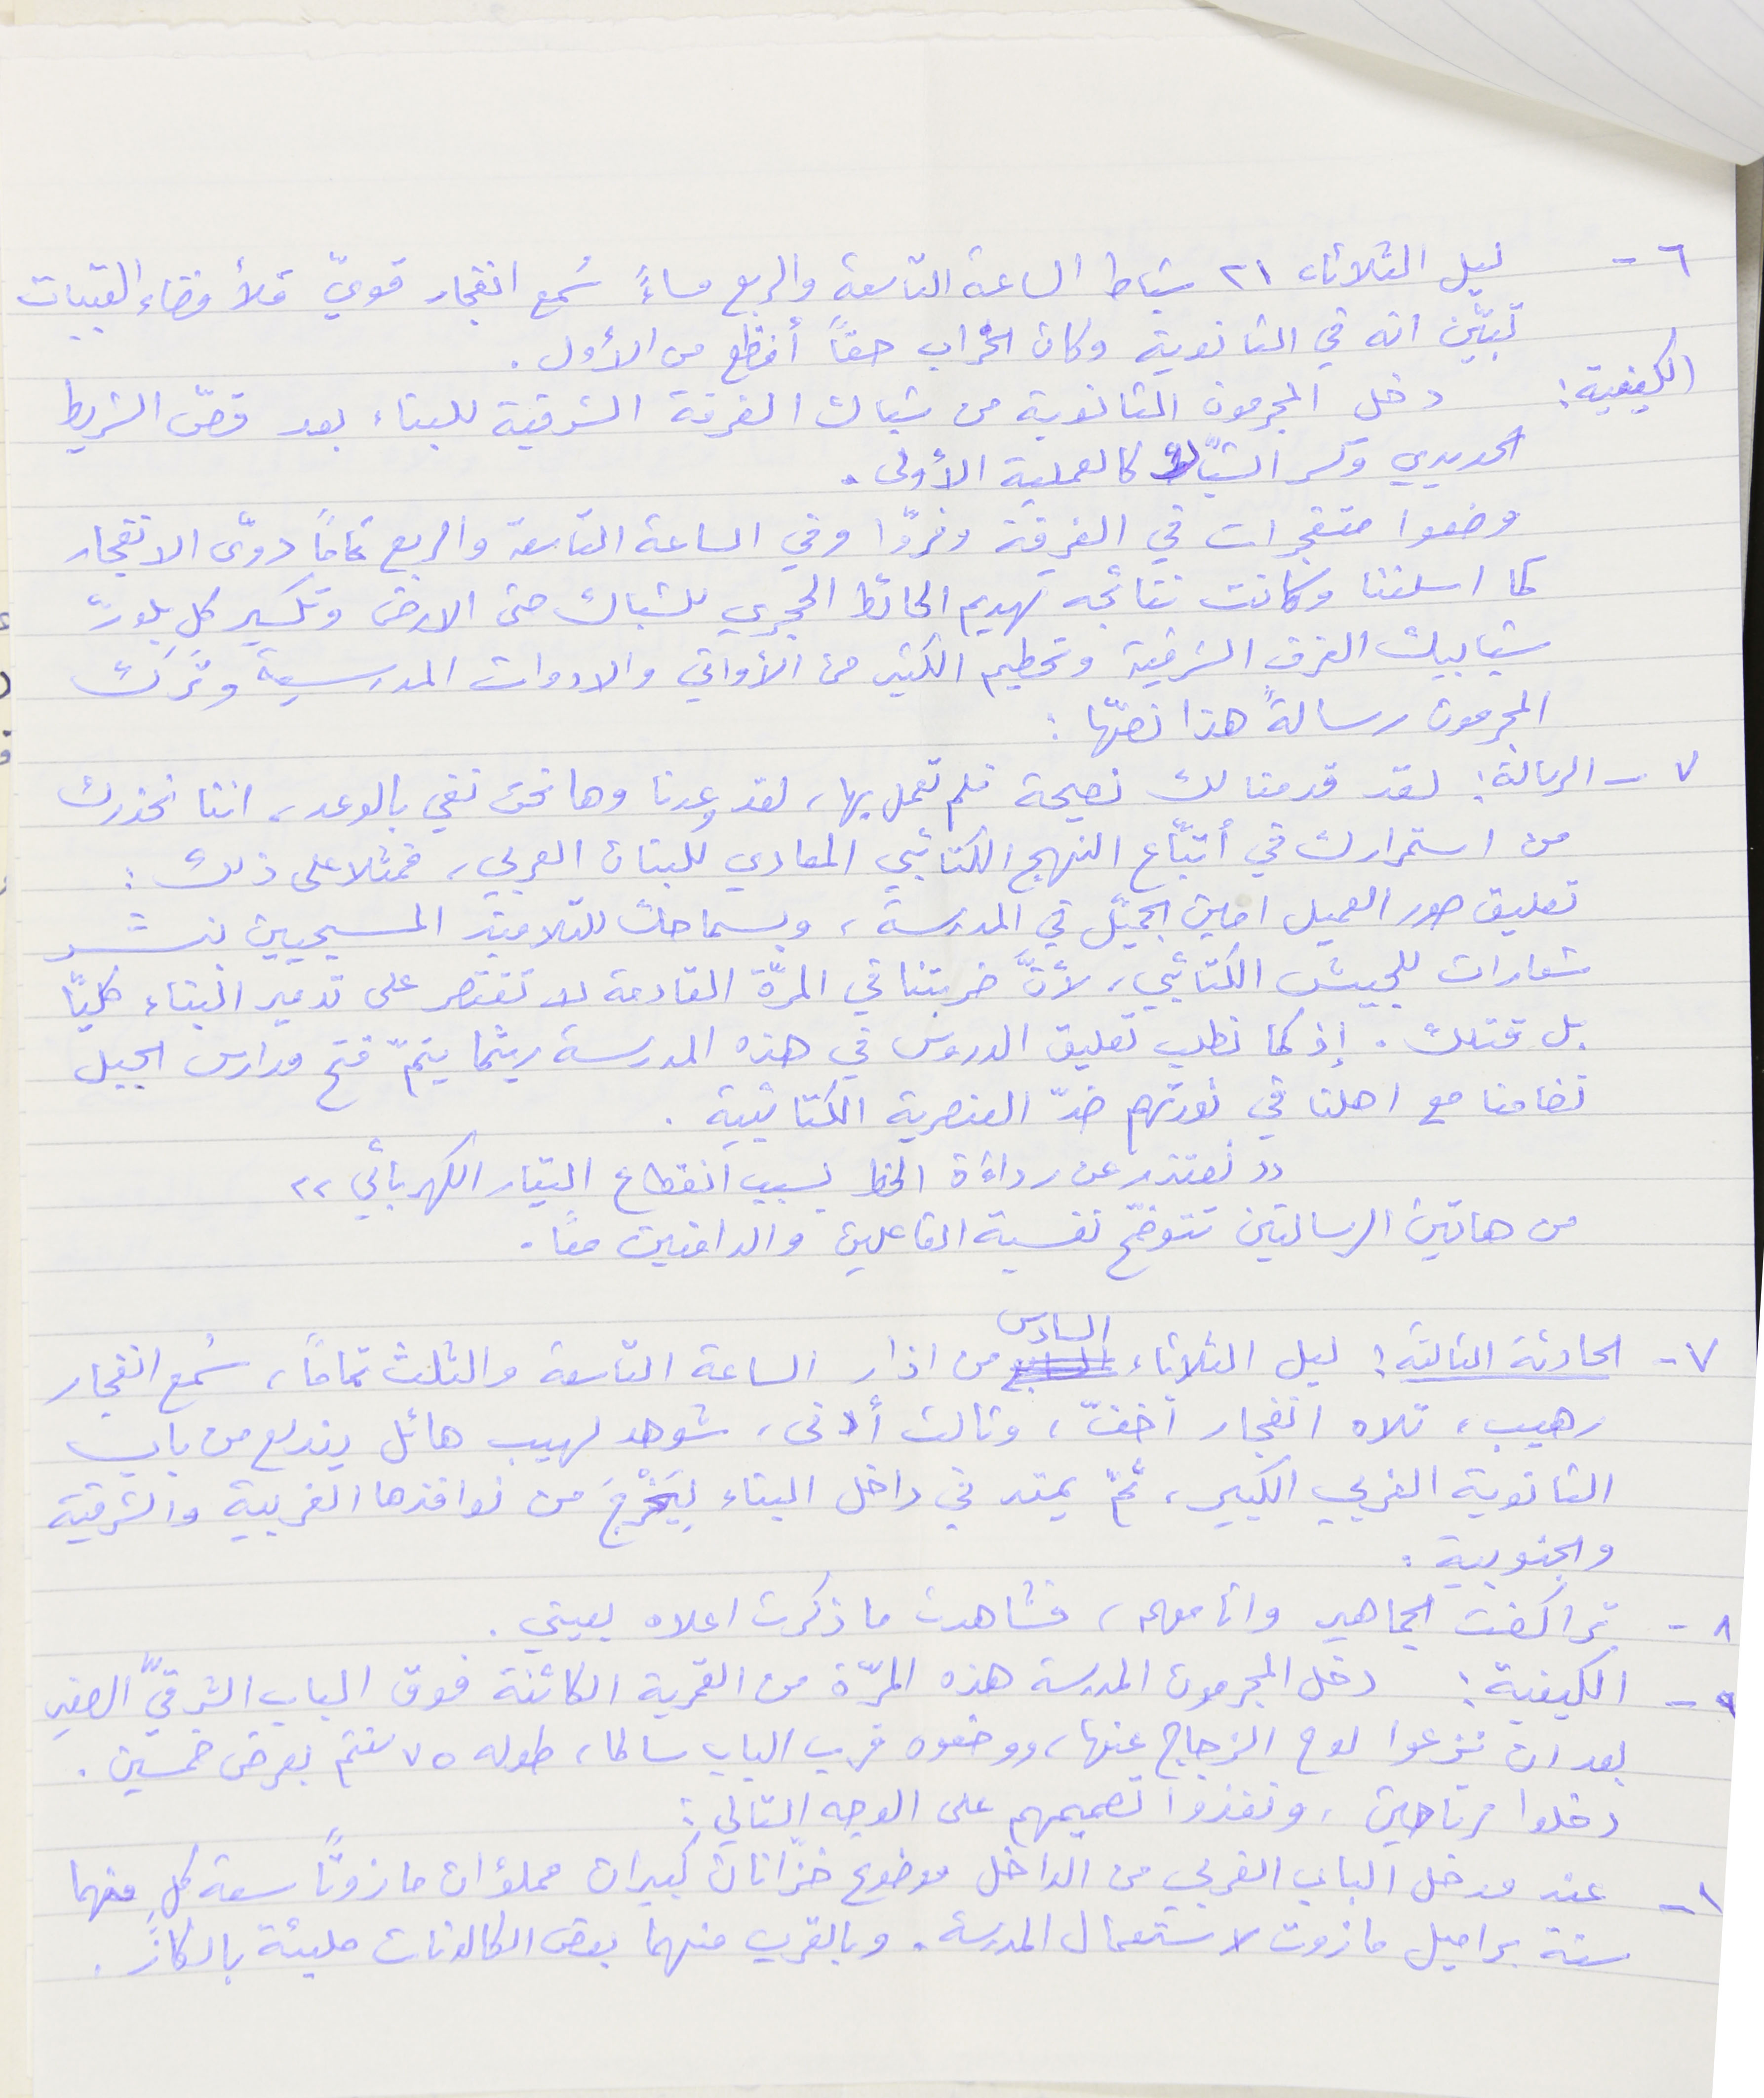
٦ - ليل الثلاثا ٢١ شباط الساعة التاسعة والربع مساءً سُمع انفجار قويّ مَلأ فضاء القبيات
تبيّن انه في الثانوية وكان الخراب حقاً أفظع من الأول .
الكيفية : دخل المجرمون الثانوية من شباك الغرفة الشرقية للبناء بعد قصّ الشريط
الحديدي وكسر الشبَّاك كالعملية الأولى.
وضعوا متفجرات في الغرفة وفروّا وفي الساعة التاسعة والربع تماماً دوّى الانفجار
كما اسلفنا وكانت نتائجه تهديم الحائط الحجري للشباك حتى الارض وتكسير كل بلوك
شبابيك الغرف الشرقية وتحطيم الكثير من الأواني والادوات المدرسية وتَرك
المجرمون رسالةً هذا نصّها :
٧ - الرسالة : لقد قدمنا لك نصيحة فلم تعمل بها، لقد وعدنا وها نحن نفي بالوعد، اننا نحذرك
من استمرارك في أتّباع النهج الكتائبي المعادي للبنان العربي، فمثلا على ذلك :
تعليق صور العميل امين الجميّل في المدرسة، وبسماحك للتلاميذ المسيحيين بنشر
شعارات للجيش الكتائبي، لأنَّ ضربتنا في المرّة القادمة لا تقتصر على تدمير البناء كليًا
بل قتلك. إذ كما نطلب تعليق الدروس في هذه المدرسة ريثما يتمّ فتح مدارس الجبل
تضامنا مع اهلنا في ثورتهم ضدّ العنصرية الكتائبية.
من هاتين الرسالتين تتوضّح نفسية الفاعلين والدافعين معاً .
٧ - الحادثة الثالثة : ليل الثلاثاء السادس من اذار الساعة التاسعة والثلث تماماً، سُمع انفجار
رهيب، تلاه انفجار أخفّ، وثالث أدنى، شوهد لهيب هائل يندلع من باب
الثانوية الغربي الكبير، ثمّ يمتد في داخل البناء لِيَخْرجَ من نوافذها الغربية والشرقية
والجنوبية.
٨ - تراكضت الجماهير وانا معهم، فشاهدت ما ذكرت اعلاه بعيني .
٩ - الكيفية : دخل المجرمون المدرسة هذه المرّة من القمرية الكائنة فوق الباب الشرقيّ الصغير
بعد ان نزعوا لوح الزجاج عنها، ووضعوه قرب الباب سالما، طوله ٧٥ سنتم بعرض خمسين .
دخلوا مرتاحين، ونفذوا تصميمهم على الوجه التالي :
١ - عند مدخل الباب الغربي من الداخل موضوع خزّانان كبيران مملؤان مازوتاً سعة كلِ منهما
ستة براميل مازوت لاستعمال المدرسة، وبالقرب منهما بعض الكالونات مليئة بالكاز .
"نعتذر عن رداءَة الخط بسبب انقطاع التيار الكهربائي"